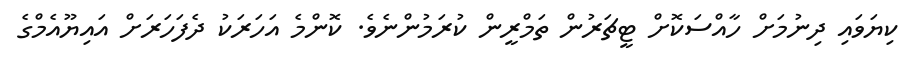
ކިޔަވައި ދިނުމަށް ހާއްސަކޮށް ޓީޗަރުން ތަމްރީން ކުރަމުންނެވެ. ކޮންމެ އަހަރަކު ދެފަހަރަށް އައިޔޫއެމްގެ